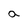
Character: a